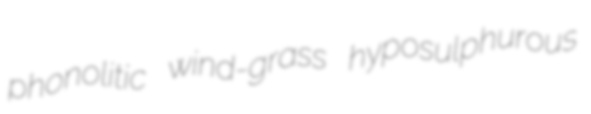
phonolitic wind-grass hyposulphurous